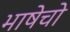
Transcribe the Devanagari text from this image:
भाषेचो